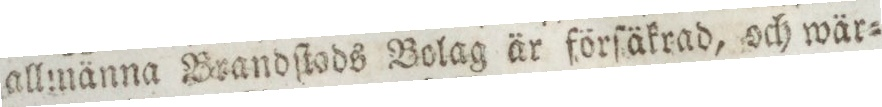
allmänna Brandſtöds Bolag är förſäkrad, och wär=